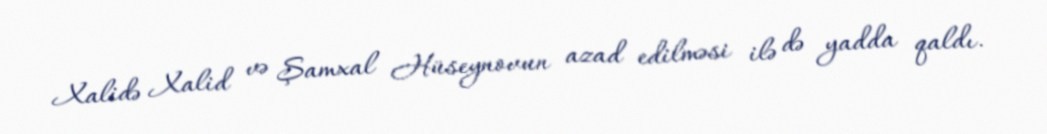
Xalidə Xalid və Şamxal Hüseynovun azad edilməsi ilə də yadda qaldı.